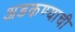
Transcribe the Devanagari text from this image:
अडकण्याची